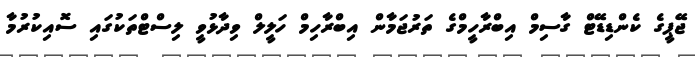
ޖޭޕީގެ ކެންޑިޑޭޓް ގާސިމް އިބްރާހީމްގެ ތަރުޖަމާން އިބްރާހިމް ހަލީލް ވިދާޅުވީ ލިސްޓްތަކުގައި ސޮއިކުރުމާ